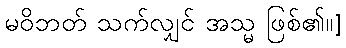
မဝိဘတ် သက်လျှင် အသ္မ ဖြစ်၏။]